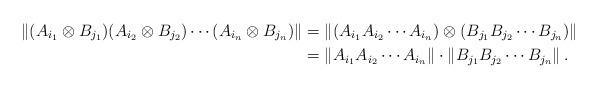
LaTeX: \begin{align*}\left\|(A_{i_1}\otimes B_{j_1})(A_{i_2}\otimes B_{j_2})\cdots (A_{i_n}\otimes B_{j_n})\right\|&=\left\|(A_{i_1}A_{i_2}\cdots A_{i_n}) \otimes (B_{j_1}B_{j_2}\cdots B_{j_n})\right\| \\&=\left\|A_{i_1}A_{i_2}\cdots A_{i_n}\right\|\cdot \left\|B_{j_1}B_{j_2}\cdots B_{j_n}\right\|.\end{align*}